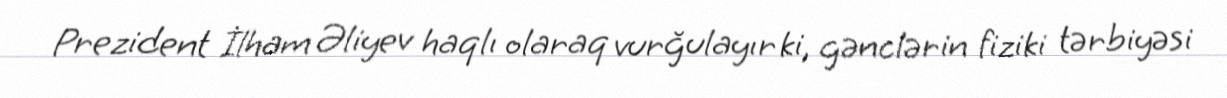
Prezident İlham Əliyev haqlı olaraq vurğulayır ki, gənclərin fiziki tərbiyəsi